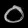
Digit: ၀